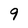
Character: 9